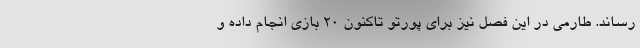
رساند. طارمی در این فصل نیز برای پورتو تاکنون 20 بازی انجام داده و